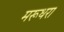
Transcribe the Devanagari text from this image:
मरूधरा